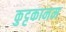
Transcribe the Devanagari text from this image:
कुट्टकानम